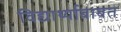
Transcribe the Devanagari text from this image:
विद्यार्थ्याबाबत